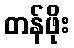
တန်ဖိုး